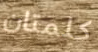
كلمتان